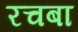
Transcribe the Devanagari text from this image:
रचबा